Eesti_Peakonsulaat_New_Yorgis, lk 30
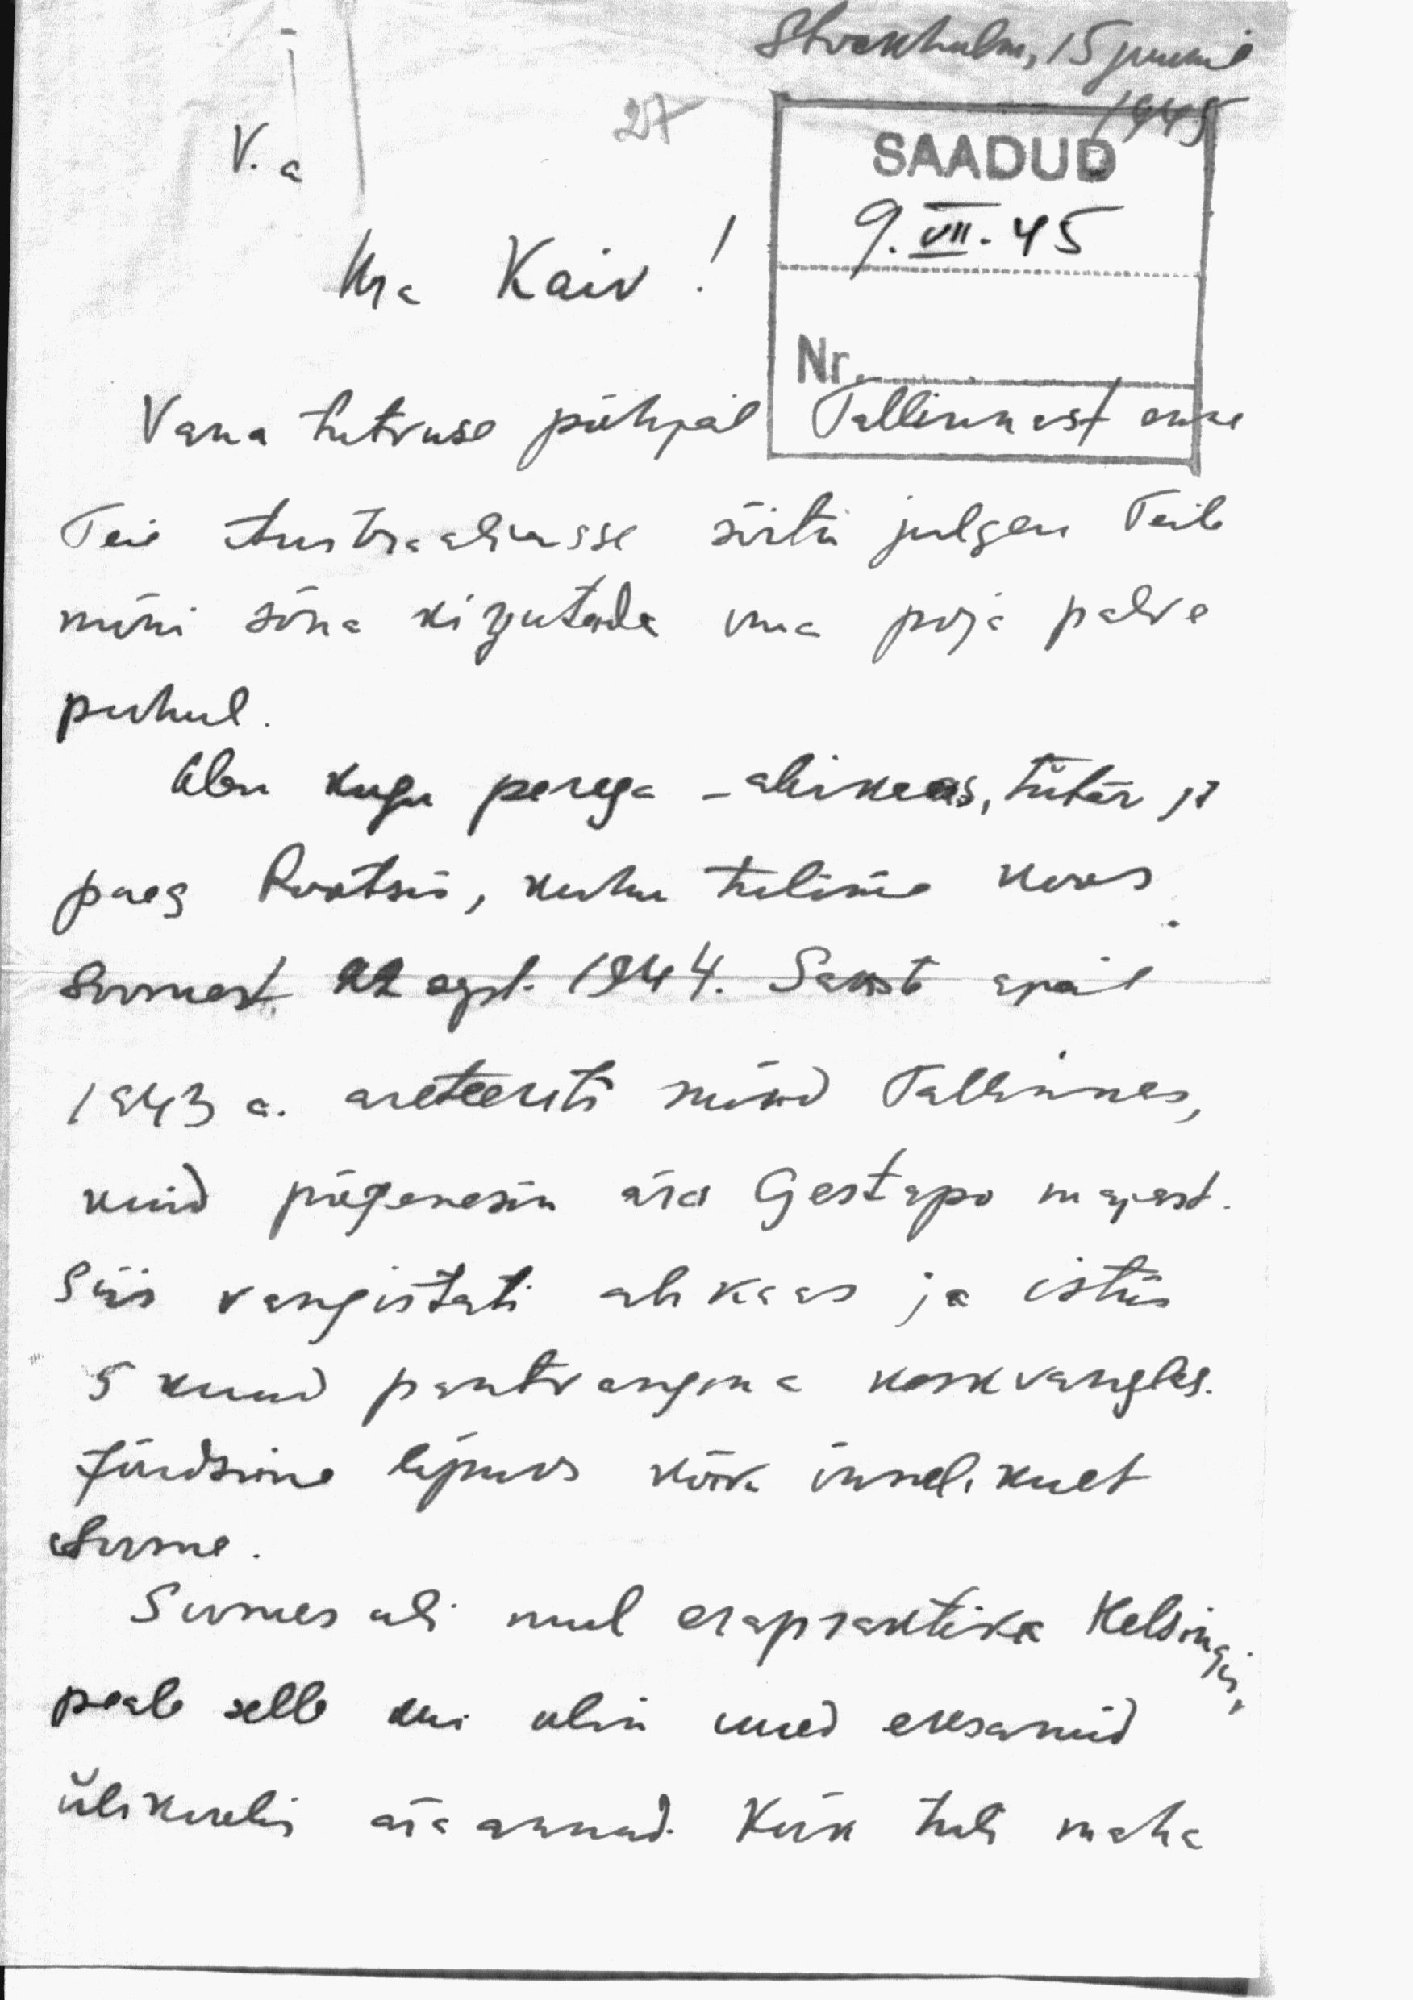
Stokholm, 15 juunil
1945
V.a
27
SAADUD
Hra Kaiv!
9.VII.45
Vana tutvuse põhjal Tallinnast enne
Teie Austraaliasse sõitu julgen Teile
mõni sõna kirjutada oma poja palve
puhul.
Olen kogu perega - abikaas, tütar ja
poeg Rootsis, kuhu tulime koos
Soomest 22. sept. 1944. Sakste ajal
1943 a. areteeriti mind Tallinnas,
kuid põgenesin ära Gestapo majast.
Siis vangistati abikaas ja istus
5 kuud pantvangina keskvanglas.
Jõudsime lõpuks kõik õnnelikult
Soome.
Soomes oli mul erapraktika Helsingis,
peale selle kui olin uued eksamid
ülikoolis ära annud. Kõik tuli maha